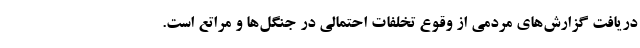
دریافت گزارش‌های مردمی از وقوع تخلفات احتمالی در جنگل‌ها و مراتع است.